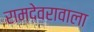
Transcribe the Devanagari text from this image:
रामदेवरावाला